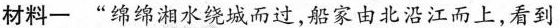
材料一 ” 绵绵湘水绕城而过，船家由北沿江而上，看到